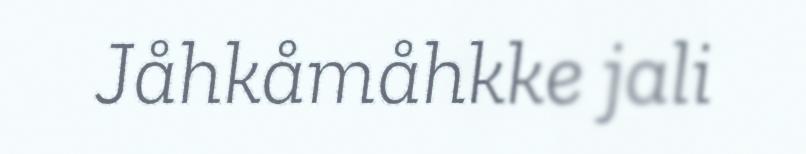
Jåhkåmåhkke jali